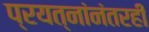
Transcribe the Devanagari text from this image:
प्रयत्नांनंतरही